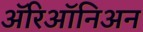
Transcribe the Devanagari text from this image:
ॲरिऑनिअन